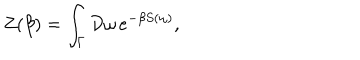
LaTeX: Z ( \beta ) = \int _ { \Gamma } { \cal D } \omega \, e ^ { - \beta S ( \omega ) } ,